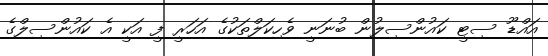
އަައްޑޫ ސިޓީ ކައުންސިލުން ބުނަނީ ވެހިކަލްތަކުގެ އަހަރީ ފީ އަކީ އެ ކައުންސިލްގެ